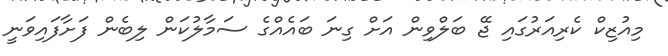
މިއުޒިކް ކެރިއަރުގައި ޖޭ ބަލްވިން އަށް ގިނަ ބައެއްގެ ސަމާލުކަން ލިބެން ފަށާފައިވަނީ